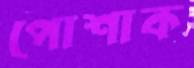
পোশাক